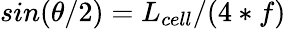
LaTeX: sin(\theta/2)=L_{cell}/(4*f)